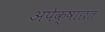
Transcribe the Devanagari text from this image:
अपेक्षाछत